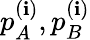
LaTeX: p_{A}^{(\mathbf{i})},p_{B}^{(\mathbf{i})}